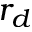
r _ { d }